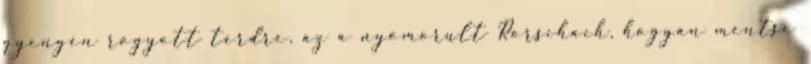
gyengén rogyott térdre, az a nyomorult Rorschach, hogyan mentse